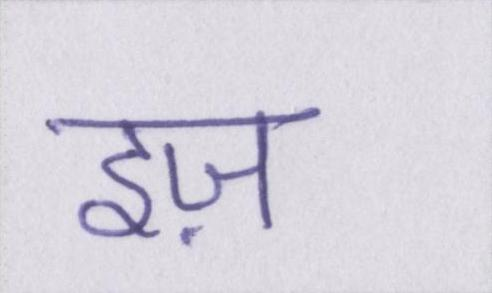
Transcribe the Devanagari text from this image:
इज़